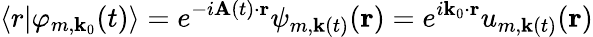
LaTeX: \langle r\lvert\varphi_{m,\textbf{k}_{0}}(t)\rangle=e^{-i\textbf{A}(t)\cdot\textbf{r}}\psi_{m,\textbf{k}(t)}(\textbf{r})=e^{i\textbf{k}_{0}\cdot\textbf{r}}u_{m,\textbf{k}(t)}(\textbf{r})